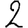
Digit: 2